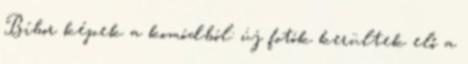
Bíbor képek a komódból: új fotók kerültek elő a